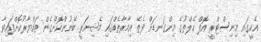
އެހީގައި މިނިސްޓްރީ އޮފް ހެލްތުގެ މިންގަނޑަށް ފެތޭ އިމާރާތެއްގައި މެޝިނަރީ ބޭނުންކޮށްގެން ތައްޔާރުކޮށްފައިވާ